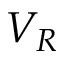
V _ { R }